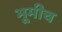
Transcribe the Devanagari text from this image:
भूमीच